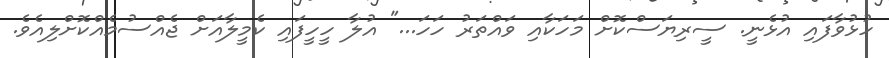
ހުޅުވާފައި އުޅެނީ. ސީރިޔަސްކޮށް މަހަކާއި ވައްތަރު ހަހަ..." އުލާ ހީހީފައި ކެމީލާއަށް ޖެއްސުމެއްކޮށްލިއެވެ.